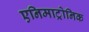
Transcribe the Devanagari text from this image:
एनिमाट्रोनिक